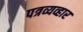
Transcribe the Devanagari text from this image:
पत्रव्यव्हार